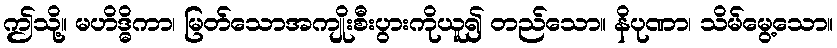
ဤသို့။ မဟိဒ္ဓိကာ၊ မြတ်သောအကျိုးစီးပွားကိုယူ၍ တည်သော။ နိပုဏာ၊ သိမ်မွေ့သော။